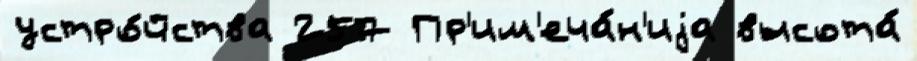
устро́йства 257 Пр'им'еча́н'иjа высота́